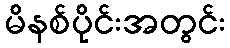
မိနစ်ပိုင်းအတွင်း